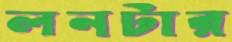
লনটার